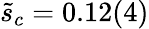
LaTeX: \tilde{s}_{c}=0.12(4)